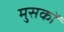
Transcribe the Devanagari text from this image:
मुसकों